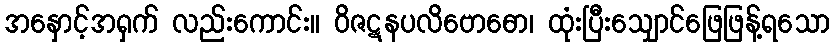
အနှောင့်အရှက် လည်းကောင်း။ ဝိဇဋနပလိဗောဓော၊ ထုံးပြီးသျှောင်ဖြေဖြန့်ရသော